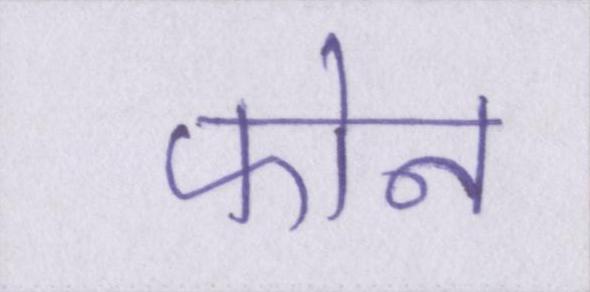
फोन